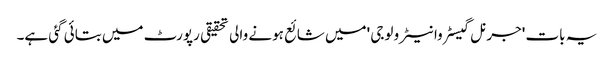
یہ بات 'جرنل گیسٹروانیٹرو لوجی 'میں شائع ہونے والی تحقیقی رپورٹ میں بتائی گئی ہے۔